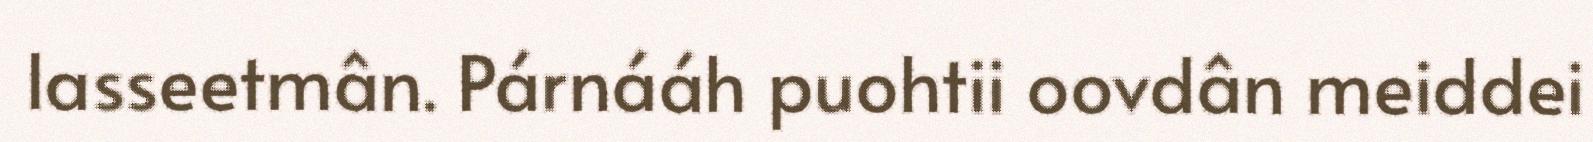
lasseetmân. Párnááh puohtii oovdân meiddei